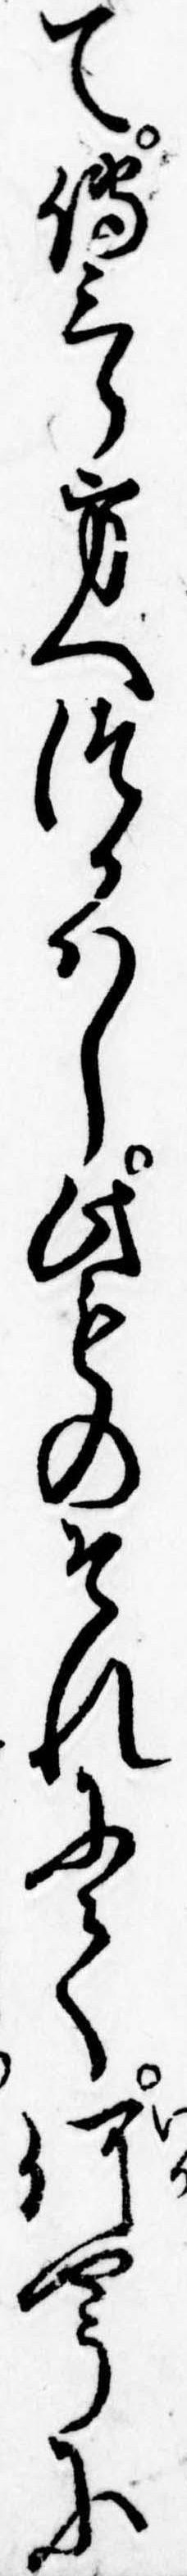
て伝三郎方へつかはし此ものそれにて何やうに